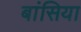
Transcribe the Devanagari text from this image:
बांसिया